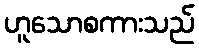
ဟူသောစကားသည်